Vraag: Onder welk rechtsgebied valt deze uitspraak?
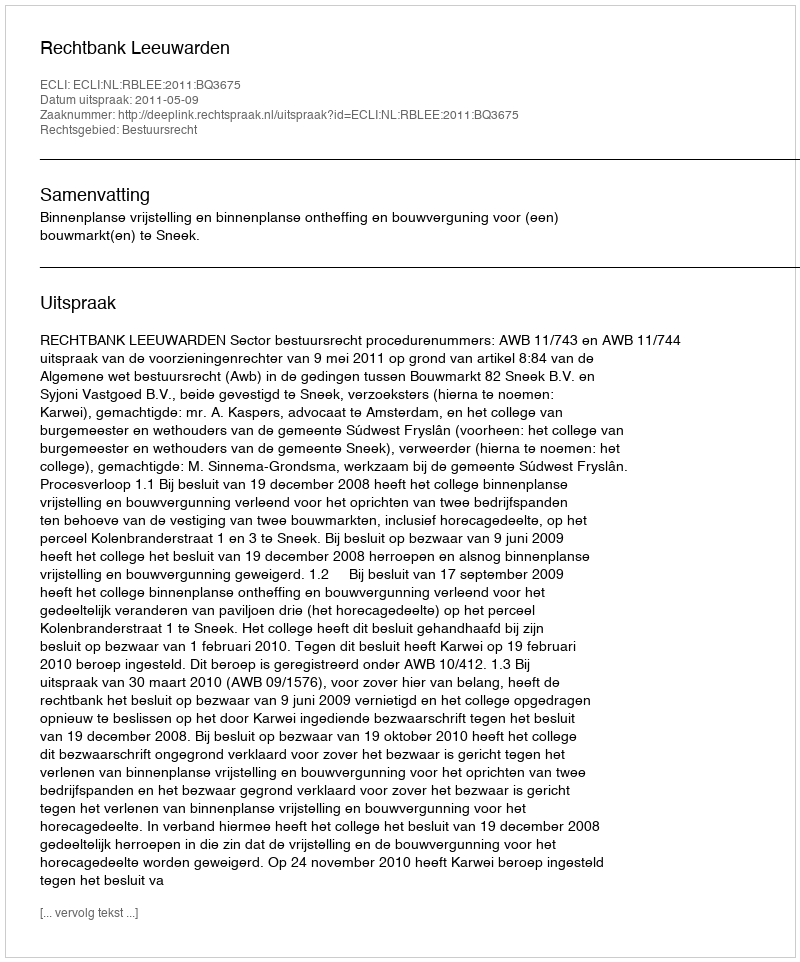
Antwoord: Bestuursrecht